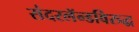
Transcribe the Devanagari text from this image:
संदरलॅन्डविरुद्ध